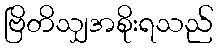
ဗြိတိသျှအစိုးရသည်